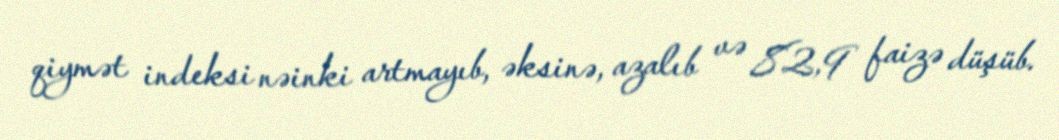
qiymət indeksi nəinki artmayıb, əksinə, azalıb və 82,9 faizə düşüb.